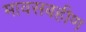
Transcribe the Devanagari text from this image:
मावसबहीण